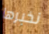
نخبرها